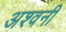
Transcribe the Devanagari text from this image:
अश्‍वनी